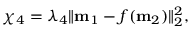
\chi _ { 4 } = \lambda _ { 4 } \| \mathbf { m } _ { 1 } - f ( \mathbf { m } _ { 2 } ) \| _ { 2 } ^ { 2 } ,